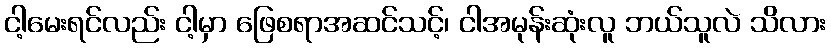
ငါ့မေးရင်လည်း ငါ့မှာ ဖြေစရာအဆင်သင့်၊ ငါအမုန်းဆုံးလူ ဘယ်သူလဲ သိလား